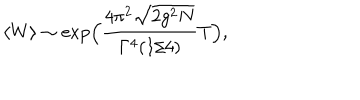
\langle W \rangle \sim \exp \Bigl ( \frac { 4 \pi ^ { 2 } \sqrt { 2 g ^ { 2 } N } } { \Gamma ^ { 4 } ( 1 / 4 ) } T \Bigr ) ,